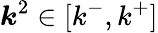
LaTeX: \boldsymbol{k}^{2}\in[k^{-},k^{+}]